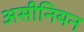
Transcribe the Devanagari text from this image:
असीनियन